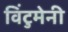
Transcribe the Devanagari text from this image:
विंटुमेनी